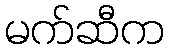
မက်ဆီက